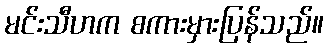
မင်းသီဟက စကားမှားပြန်သည်။